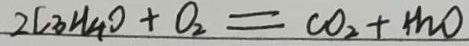
2 C _ { 3 } H _ { 4 } O + O _ { 2 } = C O _ { 2 } + H _ { 2 } O